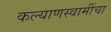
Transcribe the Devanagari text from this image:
कल्याणस्वामींचा